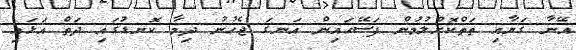
އޭނާ ގަޔާއި ތަތްކޮށްލުމުން ފަސޭހައިން އަނގަ ޖެހުނު ދިމާ ކޮނޑުގައި ދަތް އަޅައި